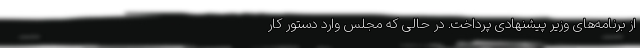
از برنامه‌های وزیر پیشنهادی پرداخت. در حالی که مجلس وارد دستور کار